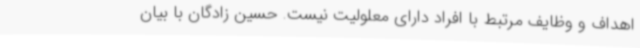
اهداف و وظایف مرتبط با افراد دارای معلولیت نیست. حسین زادگان با بیان